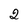
Character: 2